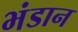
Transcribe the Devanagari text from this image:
भंडान